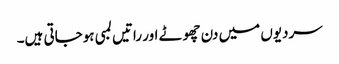
سردیوں میں دن چھوٹے اور راتیں لمبی ہوجاتی ہیں۔